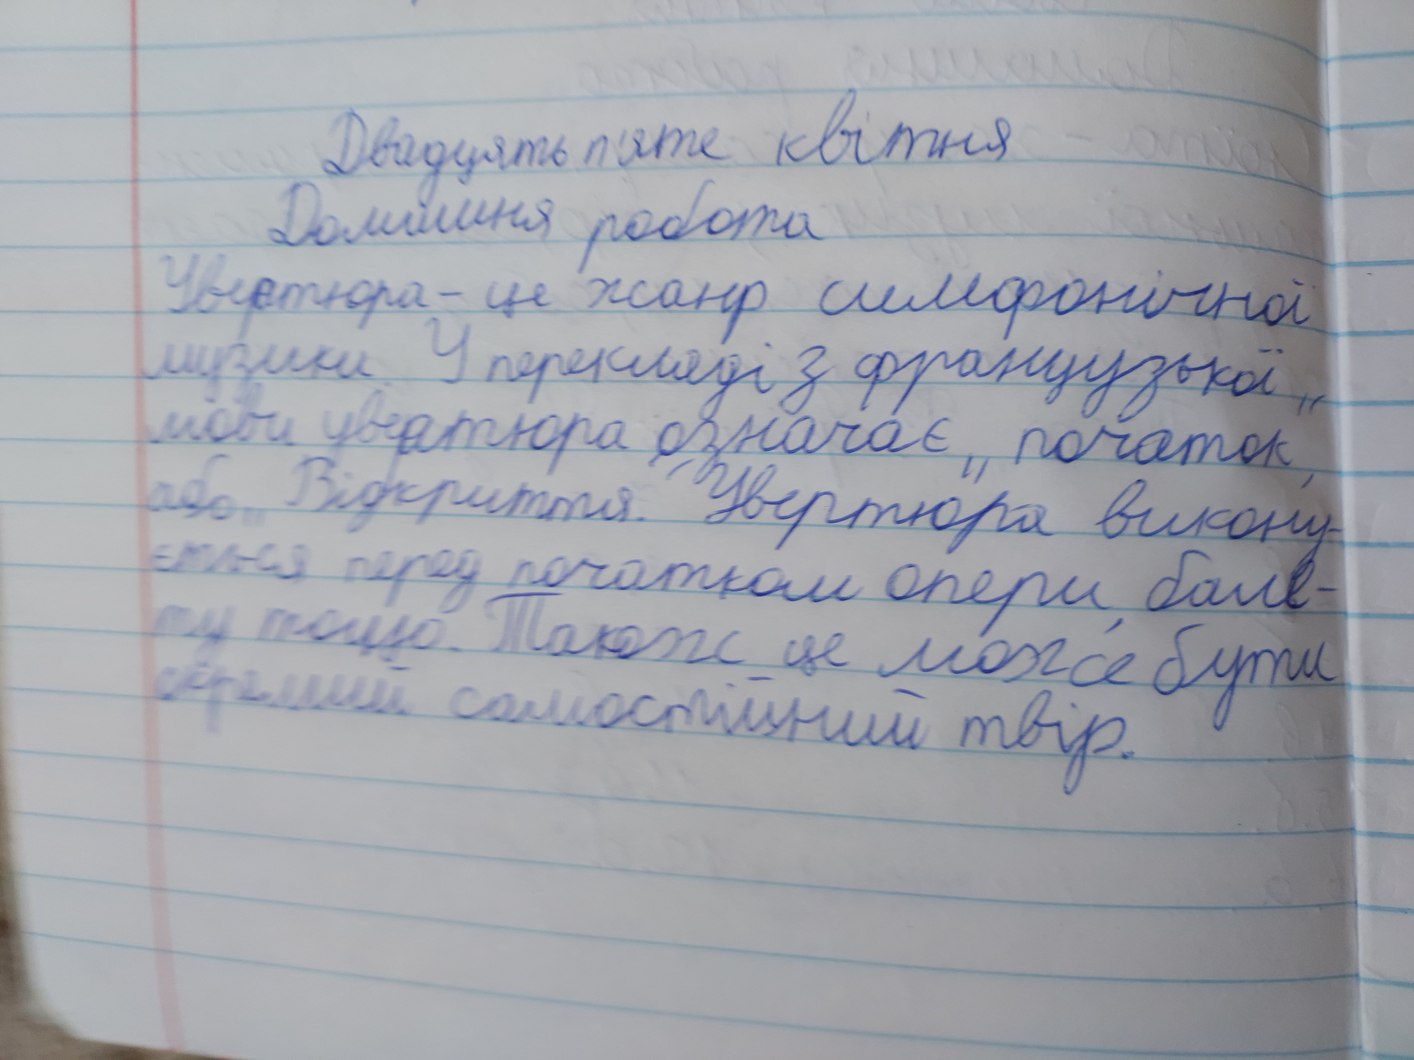
Двадцять п'яте квітня
Домашня робота
Увертюра - це жанр симфонічної
музики. У перекладі з французької
мови увертюра означає „початок“
або Відкриття. Увертюра викону-
ється перед початком опери, бале-
ту тощо. Також це може бути
окремий самостійний твір.